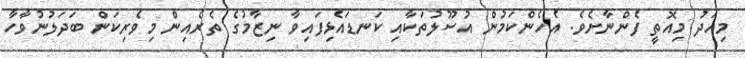
މިއަދު މިއޮތީ ފެންނާށެވެ. އެހެންކަމުން އުސޫލުތަކާއި ކަނޑައެޅިފައިވާ ނިޒާމުގެ ތެރެއިން މިވެރިކަން ބަދަލުނުވާހާ